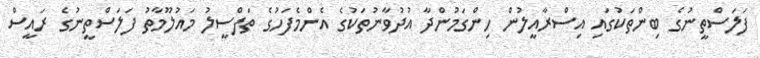
ފަލަސްތީނުގެ ބިންތަކުގައި އިސްރާއީލުން ހިންގަމުންދާ އުދުވާނުތަކުގެ އެންމެފަހުގެ ތަފްސީލު މައުލޫމާތު ފަލަސްތީނުގެ ރައީސް